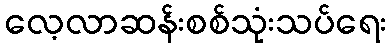
လေ့လာဆန်းစစ်သုံးသပ်ရေး